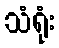
သံရုံး